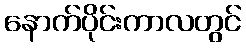
နောက်ပိုင်းကာလတွင်